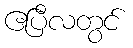
ဧပြီလတွင်